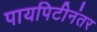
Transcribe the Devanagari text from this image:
पायपिटीनंतर